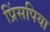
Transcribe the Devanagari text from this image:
प्रिंसपिया